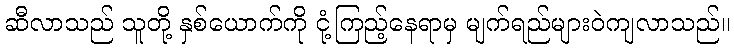
ဆီလာသည် သူတို့ နှစ်ယောက်ကို ငုံ့ကြည့်နေရာမှ မျက်ရည်များဝဲကျလာသည်။